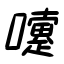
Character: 嚔